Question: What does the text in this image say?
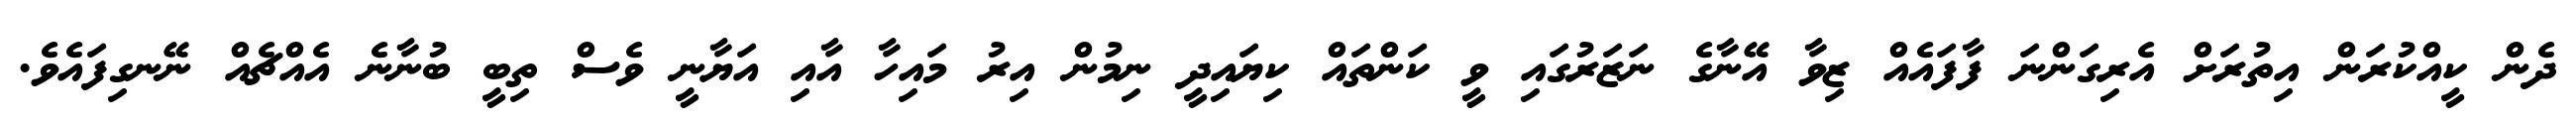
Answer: ދެން ކީއްކުރަން އިތުރަށް އެރިގަންނަ ފާފައެއް ޒިވާ އޭނާގެ ނަޒަރުގައި ވީ ކަންތައް ކިޔައިދީ ނިމުން އިރު މައިހާ އާއި އަޔާނީ ވެސް ތިބީ ބުނާނެ އެއްޗެއް ނޭނގިފައެވެ.